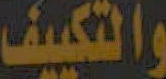
والتكييف